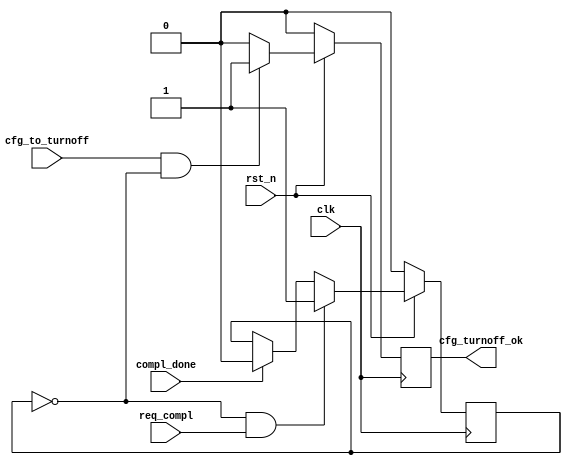
module PIO_TO_CTRL_1 #(
  parameter TCQ = 1
) (
  input               clk,
  input               rst_n,
  input               req_compl,
  input               compl_done,
  input               cfg_to_turnoff,
  output  reg         cfg_turnoff_ok
  );
  reg                 trn_pending;
  always @ ( posedge clk ) begin
    if (!rst_n )
    begin
      trn_pending <= #TCQ 0;
    end
    else
    begin
      if (!trn_pending && req_compl)
        trn_pending <= #TCQ 1'b1;
      else if (compl_done)
        trn_pending <= #TCQ 1'b0;
    end
  end
  always @ ( posedge clk ) begin
    if (!rst_n )
    begin
      cfg_turnoff_ok <= #TCQ 1'b0;
    end
    else
    begin
      if ( cfg_to_turnoff  && !trn_pending)
        cfg_turnoff_ok <= #TCQ 1'b1;
      else
        cfg_turnoff_ok <= #TCQ 1'b0;
    end
  end
endmodule